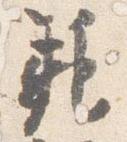
範